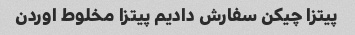
پیتزا چیکن سفارش دادیم پیتزا مخلوط اوردن